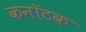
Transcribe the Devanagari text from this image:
कनॉटक